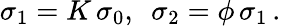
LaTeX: \sigma_{1}=K\, \sigma_{0},\ \ \sigma_{2}=\phi\, \sigma_{1}\, .